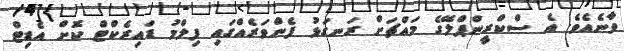
ވާނެއެވެ. އެ ސްކްރީންޕްލޭގެ މައްޗަށް ރަނގަޅު ފެންވަރެއްގައި ފިލްމު ޑައިރެކްޓް ކޮށް އެޑިޓް